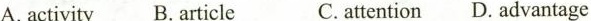
A. activity B. article C. attention D. advantage